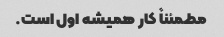
مطمئناً کار همیشه اول است.